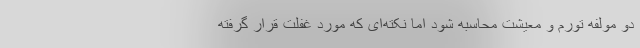
دو مولفه تورم و معیشت محاسبه شود اما نکته‌ای که مورد غفلت قرار گرفته